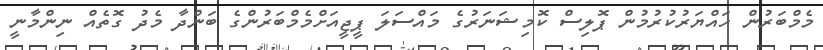
މެމްބަރުން ހައްޔަރުކުރުމުން ޕޮލިސް ކޮމިޝަނަރުގެ މައްސަލަ ޕީޖީއަށްމެމްބަރުންގެ ބަންދާ މެދު ގޮތެއް ނިންމާނީ